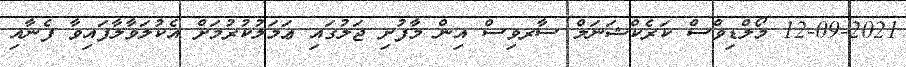
12-09-2021 މޯލްޑިވްސް ކަރެކްޝަނަލް ސާރވިސް އިން މާފުށި ޖަލުގައި ޢަމަލުކުރުމަށް އެކުލަވާލާފައިވާ ފެނާއި